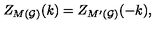
Z _ { M ( { \cal G ) } } ( k ) = Z _ { M ^ { \prime } ( { \cal G ) } } ( - k ) ,